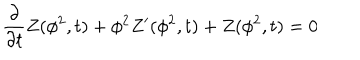
LaTeX: \frac { \partial } { \partial t } Z ( \phi ^ { 2 } , t ) + \phi ^ { 2 } Z ^ { \prime } ( \phi ^ { 2 } , t ) + Z ( \phi ^ { 2 } , t ) = 0